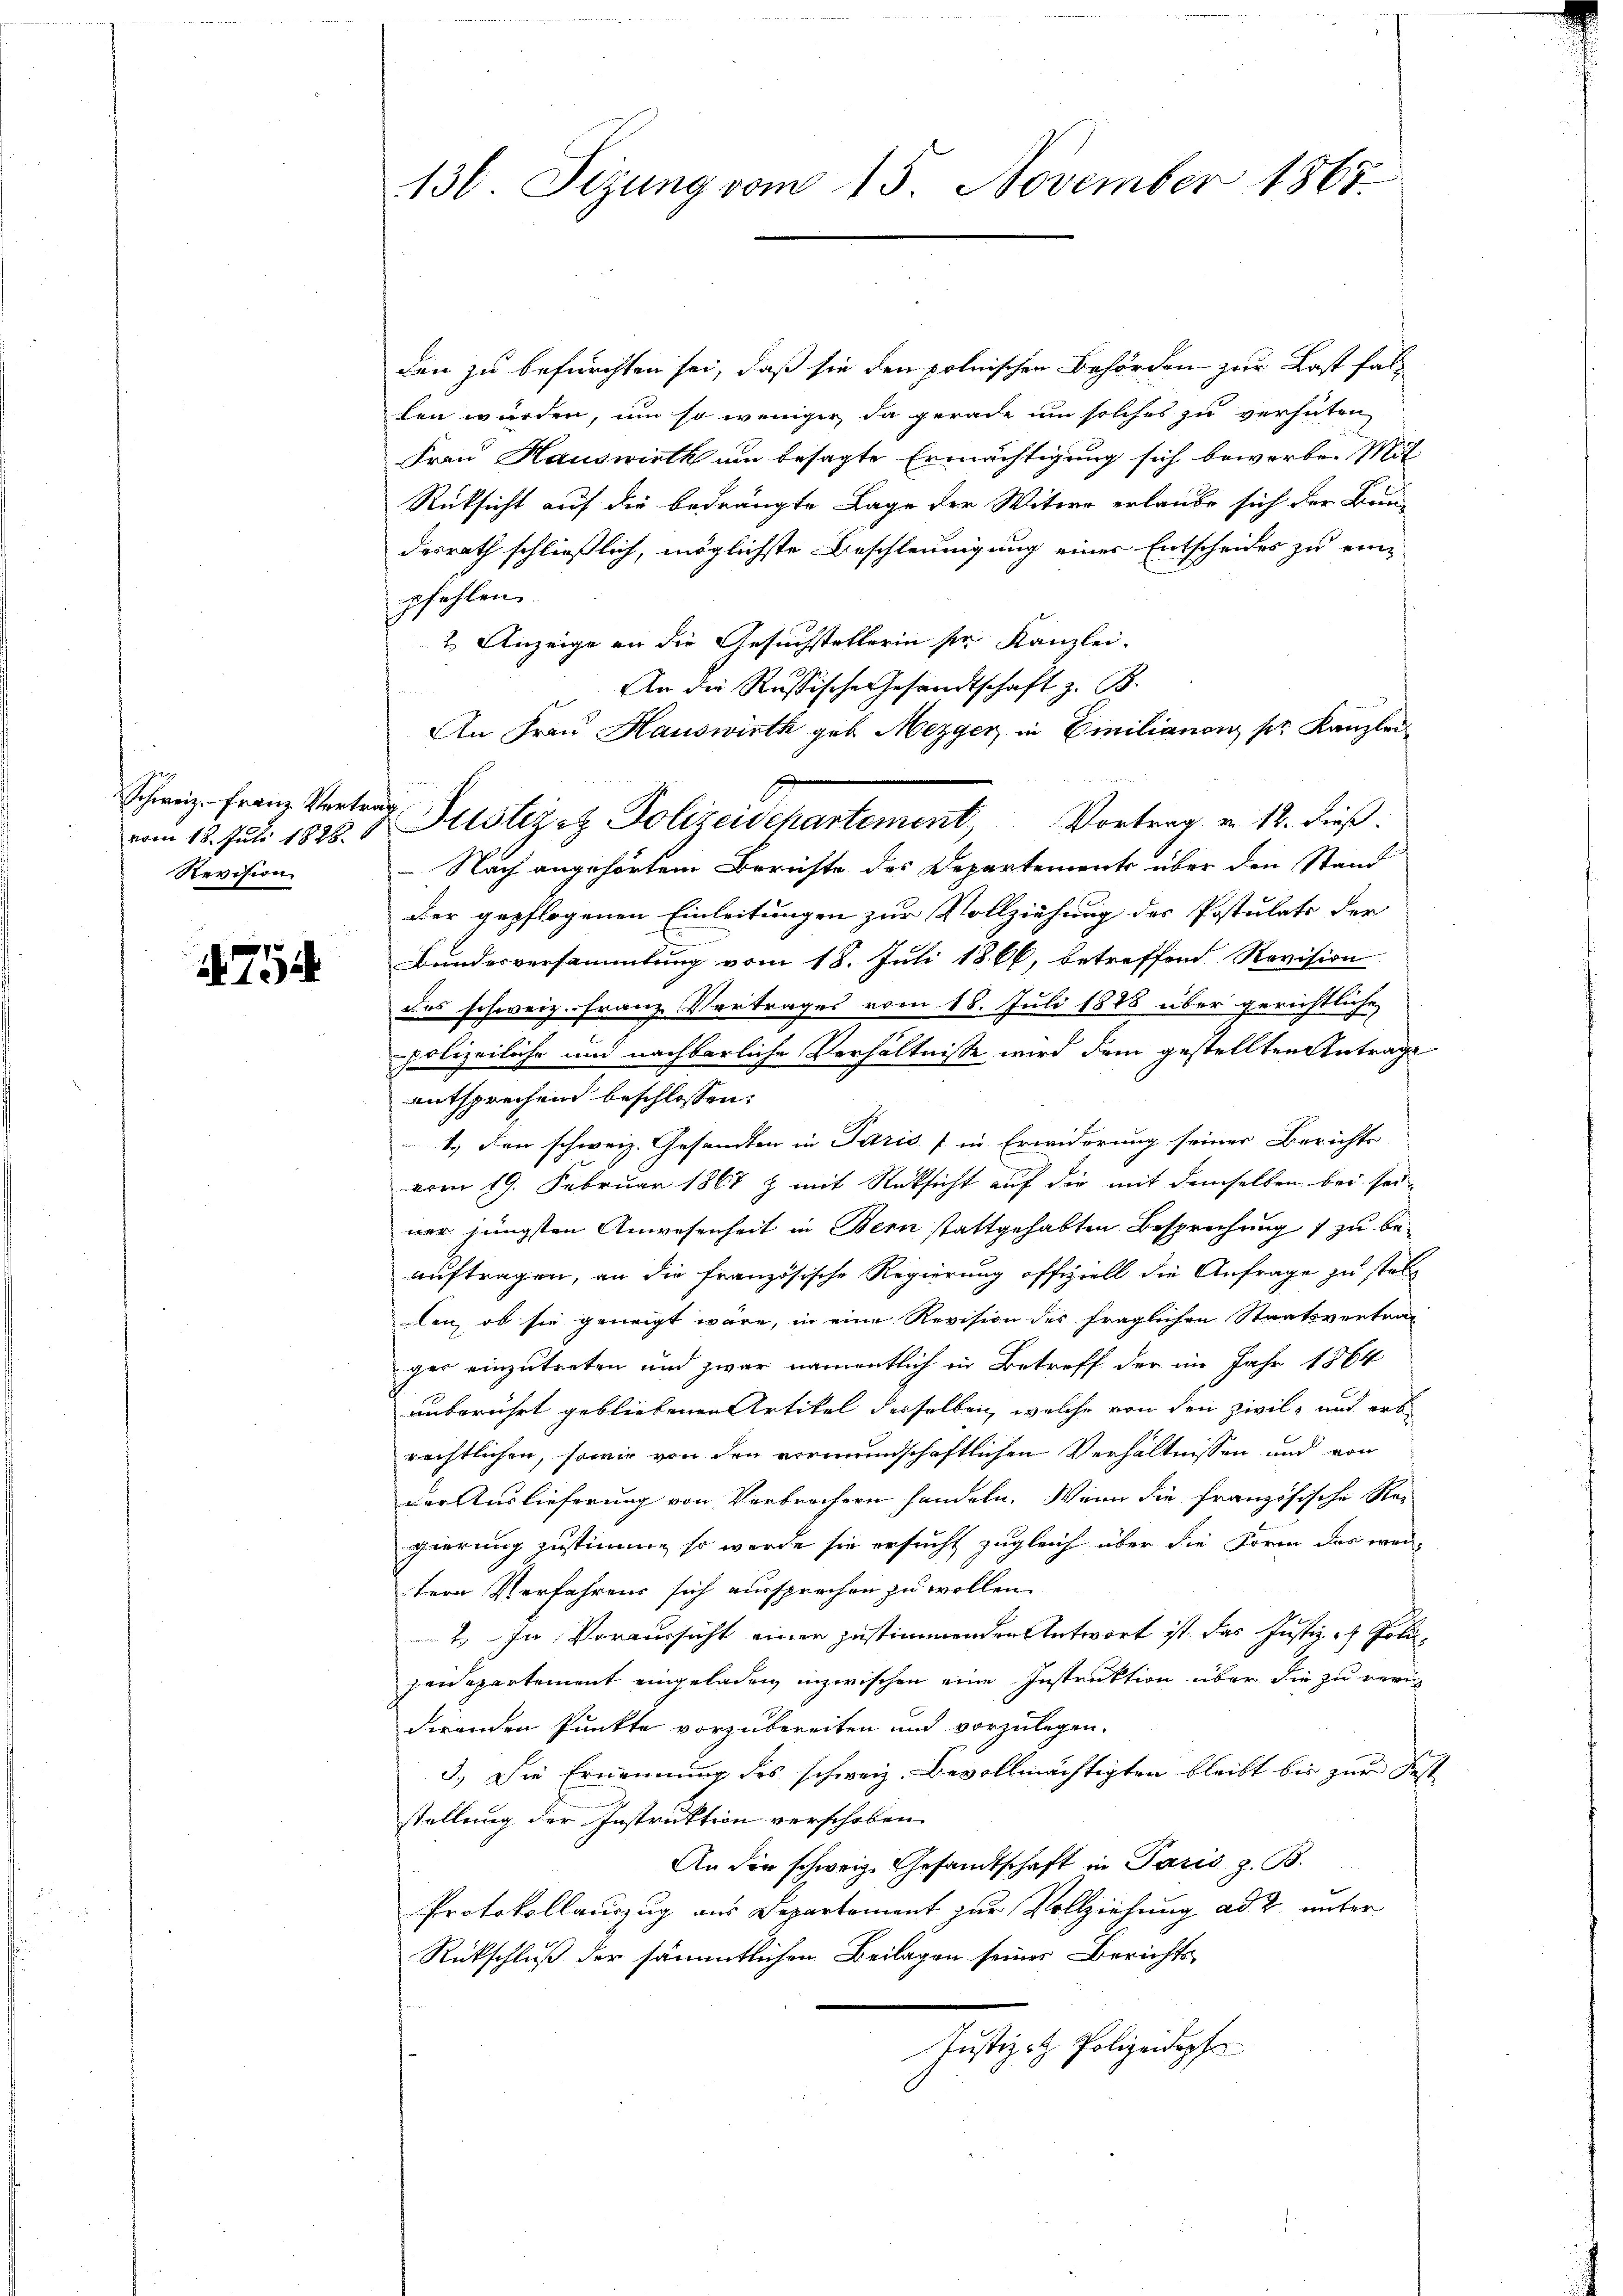
vom 18. Juli 1828.
Revision

754

136. Sizung vom 15. November 1867.

den zu befürchten sei, daß sie den polnischen Behörden zur Last fallen werden, um so weniger, da gerade um solches zu verhüten,
Frau Hauswirth am besagte Ermächtigung sich bewerbe. Mit
Rücksicht auf die bedrängte Lage der Witwe erlaube sich der Brun-
desrath schließlich, möglichste Beschleunigung einer Entscheides zu einpfehlen.
2. Anzeige an die Gesuchstellerin sie Kanzlei.
An die Russische Gesandtschaft z. B.
u
An Frau Hauswirth geb. Mezger in Emilianon pr. Kanzlei-
der gepflogenen Einleitungen zur Vollziehung des Postulats der
Bundesversammlung vom 18. Juli 1866, betreffend Revision
des schweiz. Franz Vertrages vom 18. Juli 1888 über gerichtliche
-polizeiliche und nachbarliche Verhältnisse wird dem gestellten Antrage
entsprechend beschlossen:
1.) Den schweiz. Gesandten in Paris fin Erwiderung seiner Berichts
vom 19. Februar 1867 z mit Rücksicht auf die mit demselben bei sei-
ner jüngsten Anwesenheit in Bern stattgehabten Besprechung 1 zu beauftragen, an die französische Regierung offiziell die Anfrage zu stellen, ob sie geneigt wäre, in eine Revision des fraglichen Staatsvertrag
ger einzutreten und zwar namentlich in Betreff der im Jahr 1864
unberührt gebliebenen Artikel desselben, welche von den Zivil- und ers
rechtlichen, sowie von den vormundschaftlichen Verhältnissen und von
der Auslieferung von Verbrechern handeln. Wenn die französische Re-
gierung zustimme, so werde sie ersucht zugleich über die Form das weitern Verfahrens sich aussprechen zu wollen.
2. In Voraussicht einen zustimmenden Antwort ist das Justiz - Poli¬
Heidepartement eingeladen inzwischen eine Instruktion über die zu vern
direnden Punkte vorzubereiten und vorzulegen.
3.) Die Ernennung des schweiz. Bevollmächtigten bleibt bis zur Fest
stellung der Instruktion verschoben.
An die schweiz. Gesandtschaft in Paris z. B.
Protokollauszug aus Departement zur Vollziehung ad 2. unter
Rückschluß der sämmtlichen Beilagen seines Berichts-
Justiz- & Polizeidopfe

Schweiz. Franz Vertrag Justiz z. Polizeidepartement, Vortrag v. 12. dieß.
Nach angehörtem Berichte des Departements über den Stand